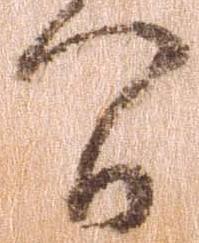
間